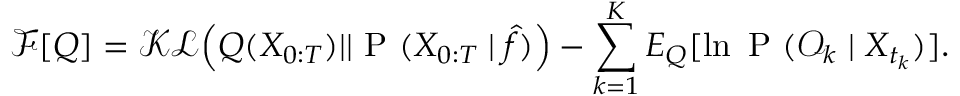
\mathcal { F } [ Q ] = \mathcal { K L } \Big ( Q ( X _ { 0 : T } ) | | \mathrm { ~ P ~ } ( X _ { 0 : T } \mid \hat { f } ) \Big ) - \sum _ { k = 1 } ^ { K } { E } _ { Q } [ \ln \mathrm { ~ P ~ } ( \mathcal { O } _ { k } \mid X _ { t _ { k } } ) ] .